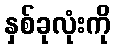
နှစ်ခုလုံးကို